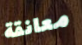
معانقة